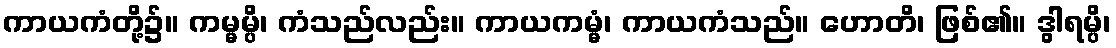
ကာယကံတို့၌။ ကမ္မမ္ပိ၊ ကံသည်လည်း။ ကာယကမ္မံ၊ ကာယကံသည်။ ဟောတိ၊ ဖြစ်၏။ ဒွါရမ္ပိ၊